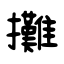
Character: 攤